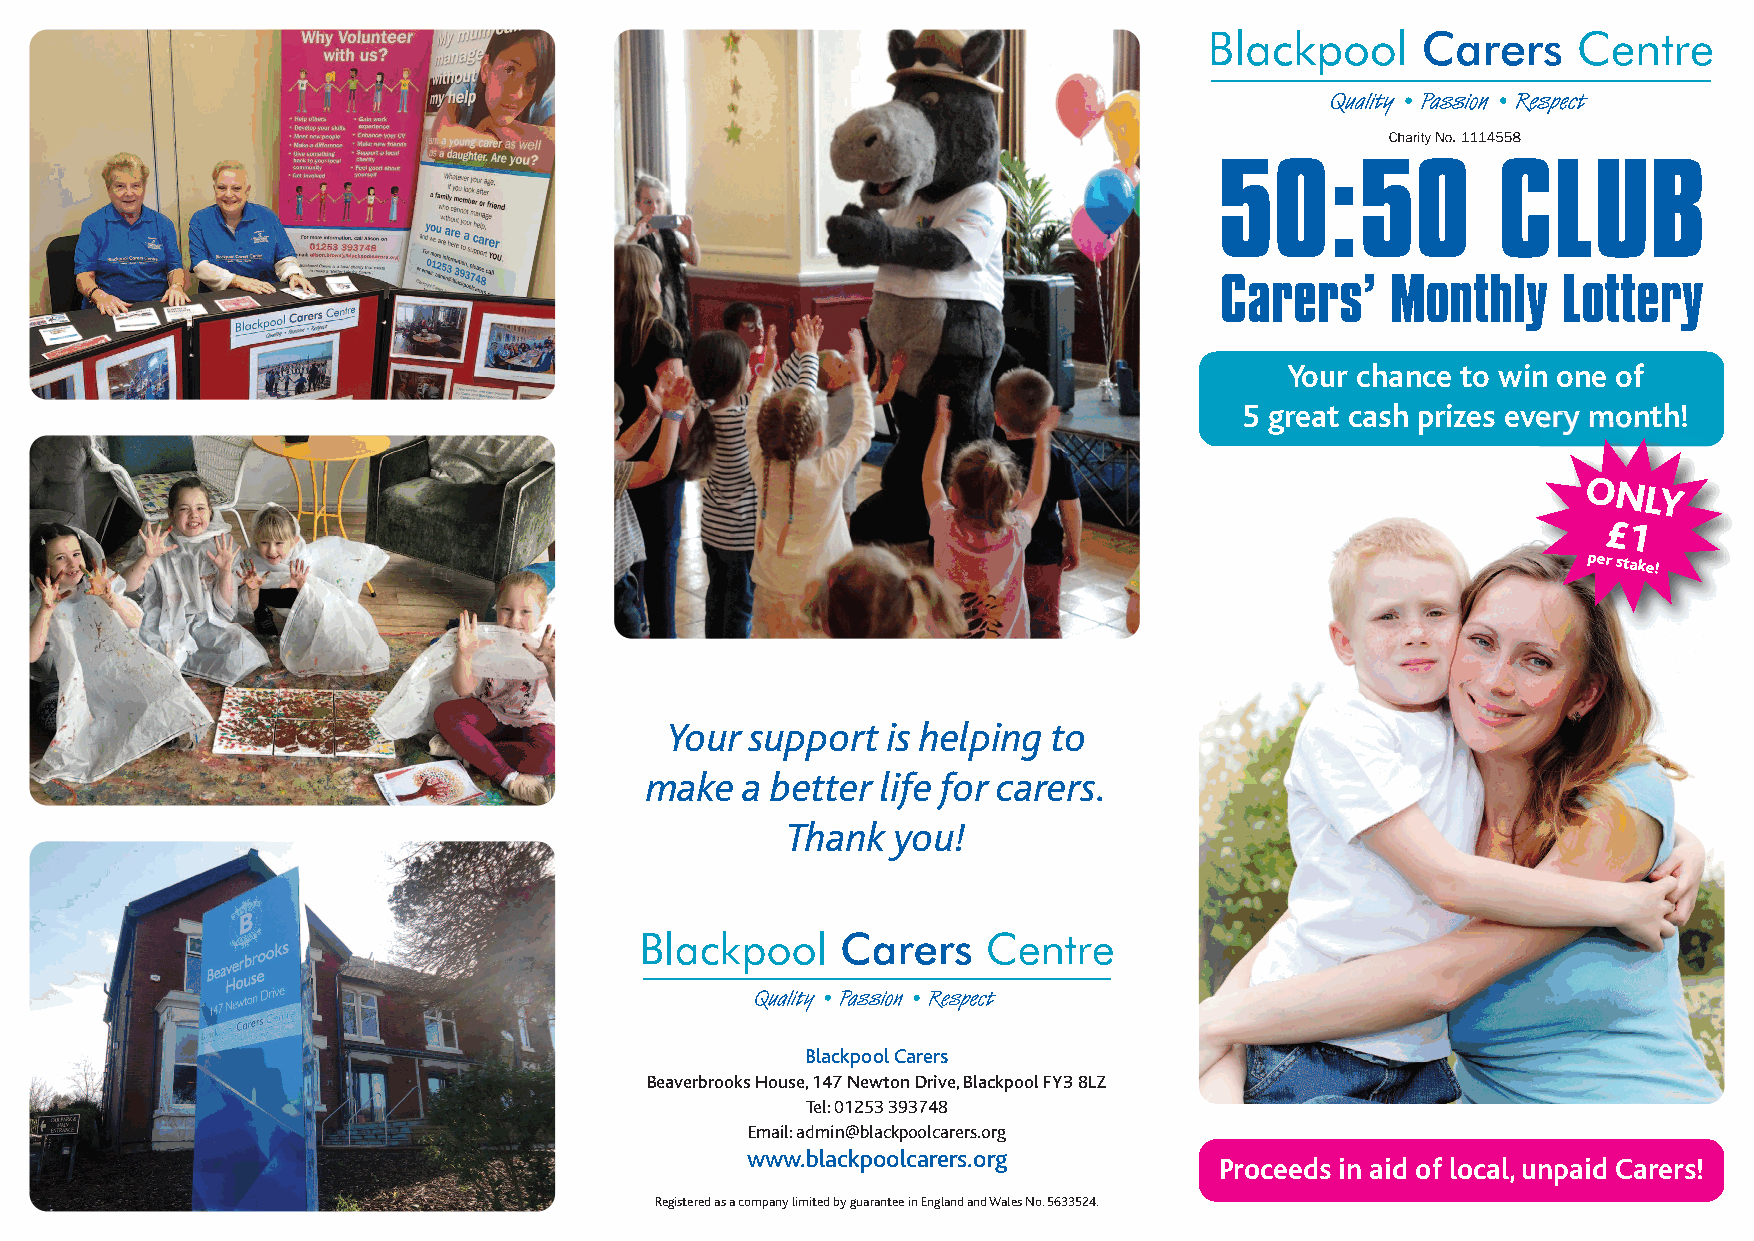
50:50             CLUB
 Carers’    Monthly    Lottery
 Your chance to win one of
 5 great cash prizes every month!
 ONLY
 £1
 per stake!
 Your  support  is helping to
 make  a better life for carers.
 Thank  you!
 Blackpool Carers
 Beaverbrooks House, 147 Newton Drive, Blackpool FY3 8LZ
 Tel: 01253 393748
 Email: admin@blackpoolcarers.org
 www.blackpoolcarers.org
 Proceeds in aid of local, unpaid Carers!
 Registered as a company limited by guarantee in England and Wales No. 5633524.